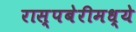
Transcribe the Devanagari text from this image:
रास्पबेरीमध्ये